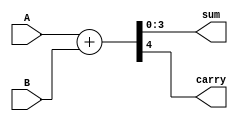
module adder_4bit(input [3:0] A, input [3:0] B, output [3:0] sum, output carry);

    assign {carry, sum} = A + B;

endmodule